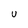
Character: U